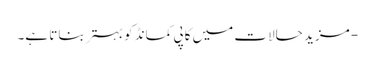
- مزید حالات میں کاپی کمانڈ کو بہتر بناتا ہے۔